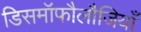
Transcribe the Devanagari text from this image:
डिसमॉफौलौजियाँ